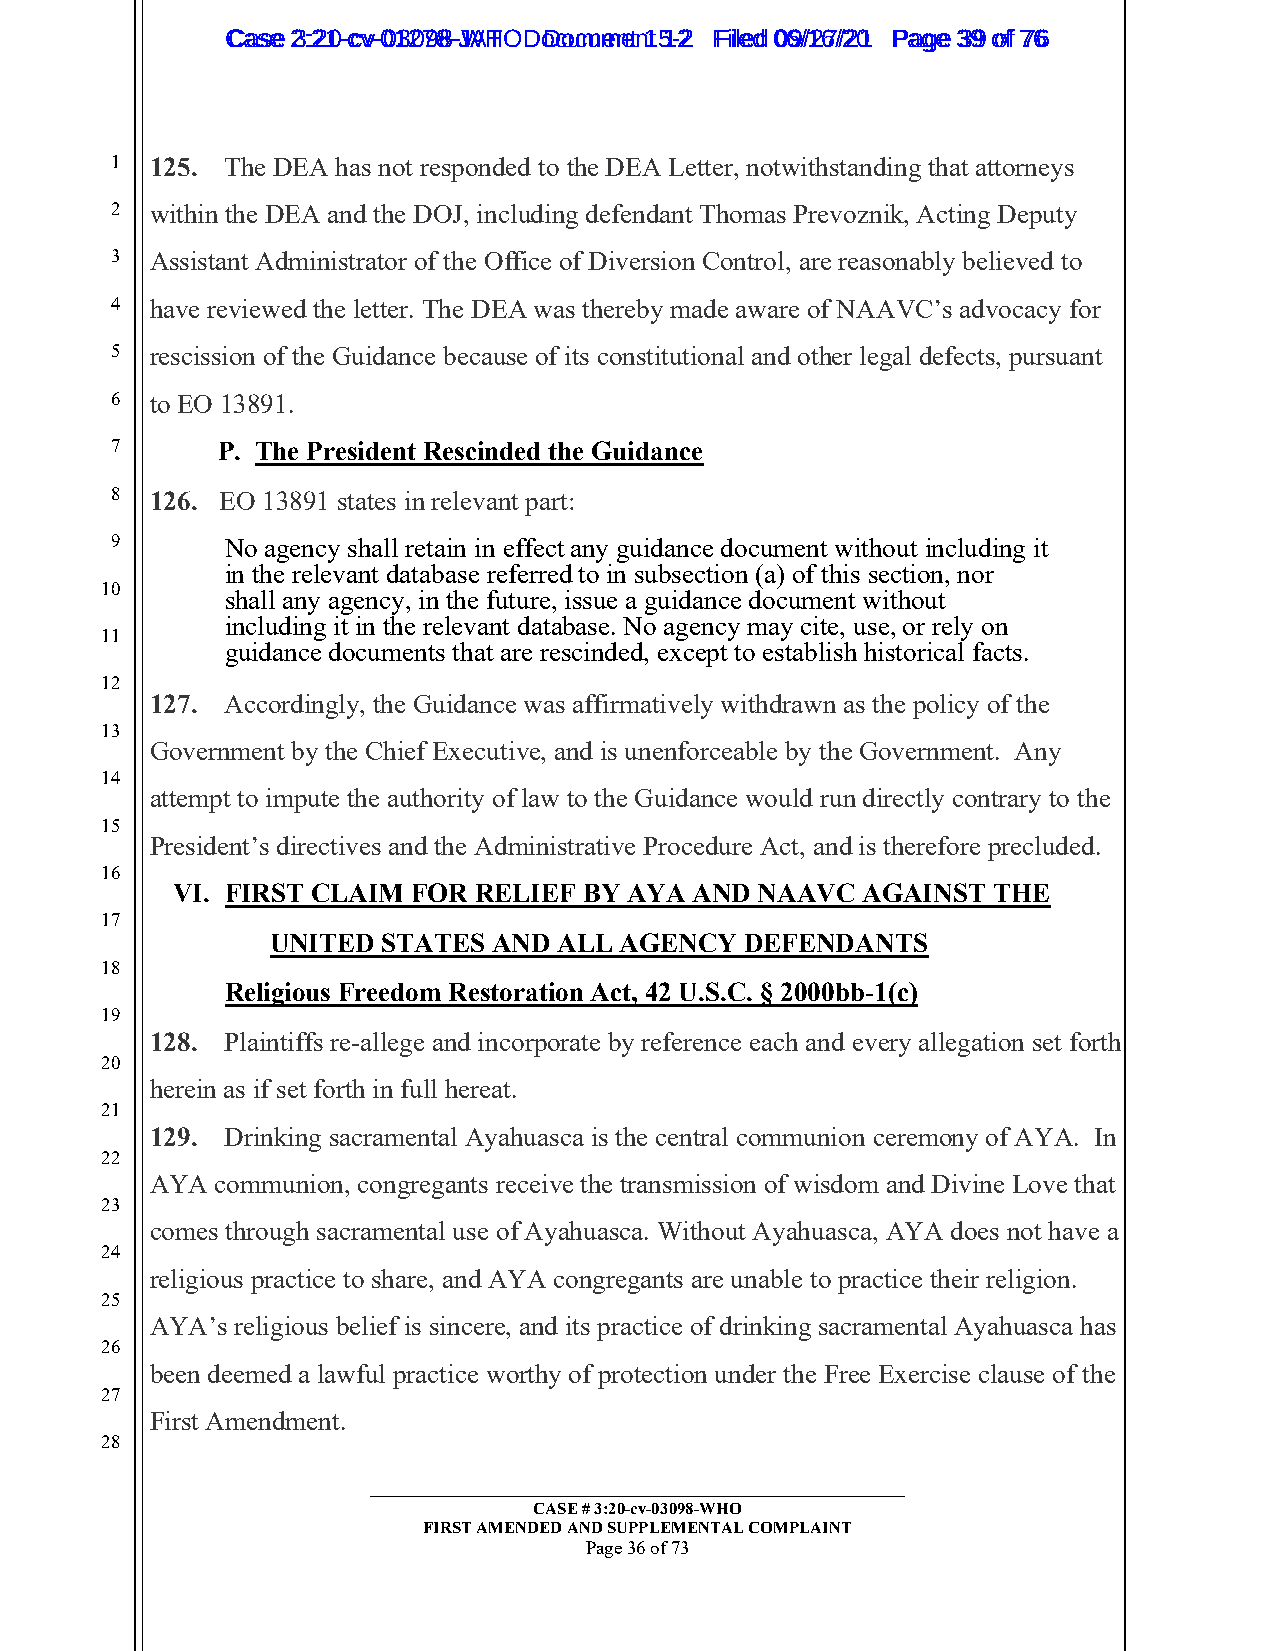
CCaassee 23::2210--ccvv--0013207988--JWAHT O D oDcoucmumenetn 1t 51-22 FFiilleedd 0069//1267//2201 PPaaggee 3399 ooff 7766
 1  125. The DEA has not responded to the DEA Letter, notwithstanding that attorneys
 2  within the DEA and the DOJ, including defendant Thomas Prevoznik, Acting Deputy
 3  Assistant Administrator of the Office of Diversion Control, are reasonably believed to
 4  have reviewed the letter. The DEA was thereby made aware of NAAVC’s advocacy for
 5  rescission of the Guidance because of its constitutional and other legal defects, pursuant
 6  to EO 13891.
 7      P. The President Rescinded the Guidance
 8  126. EO 13891 states in relevant part:
 9       No agency shall retain in effect any guidance document without including it
 in the relevant database referred to in subsection (a) of this section, nor
 10
 shall any agency, in the future, issue a guidance document without
 including it in the relevant database. No agency may cite, use, or rely on
 11
 guidance documents that are rescinded, except to establish historical facts.
 12
 127. Accordingly, the Guidance was affirmatively withdrawn as the policy of the
 13
 Government by the Chief Executive, and is unenforceable by the Government. Any
 14
 attempt to impute the authority of law to the Guidance would run directly contrary to the
 15
 President’s directives and the Administrative Procedure Act, and is therefore precluded.
 16
 VI. FIRST CLAIM FOR RELIEF  BY AYA AND NAAVC  AGAINST  THE
 17
 UNITED STATES  AND ALL AGENCY  DEFENDANTS
 18
 Religious Freedom Restoration Act, 42 U.S.C. § 2000bb-1(c)
 19
 128. Plaintiffs re-allege and incorporate by reference each and every allegation set forth
 20
 herein as if set forth in full hereat.
 21
 129. Drinking sacramental Ayahuasca is the central communion ceremony of AYA. In
 22
 AYA communion, congregants receive the transmission of wisdom and Divine Love that
 23
 comes through sacramental use of Ayahuasca. Without Ayahuasca, AYA does not have a
 24
 religious practice to share, and AYA congregants are unable to practice their religion.
 25
 AYA’s religious belief is sincere, and its practice of drinking sacramental Ayahuasca has
 26
 been deemed a lawful practice worthy of protection under the Free Exercise clause of the
 27
 First Amendment.
 28
 _________________________________________________________
 CASE # 3:20-cv-03098-WHO
 FIRST AMENDED AND SUPPLEMENTAL COMPLAINT
 Page 36 of 73